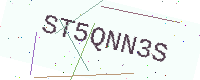
Text: ST5QNN3S